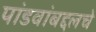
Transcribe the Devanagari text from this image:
पांडवांबद्दलचे